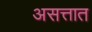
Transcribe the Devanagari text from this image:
असत्तात